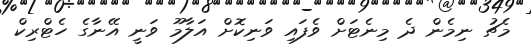
މެޗު ނިމެން ދެ މިނެޓަށް ވެފައި ވަނިކޮށް އަލާމޫ ވަނީ އޭނާގެ ހެޓްރިކް